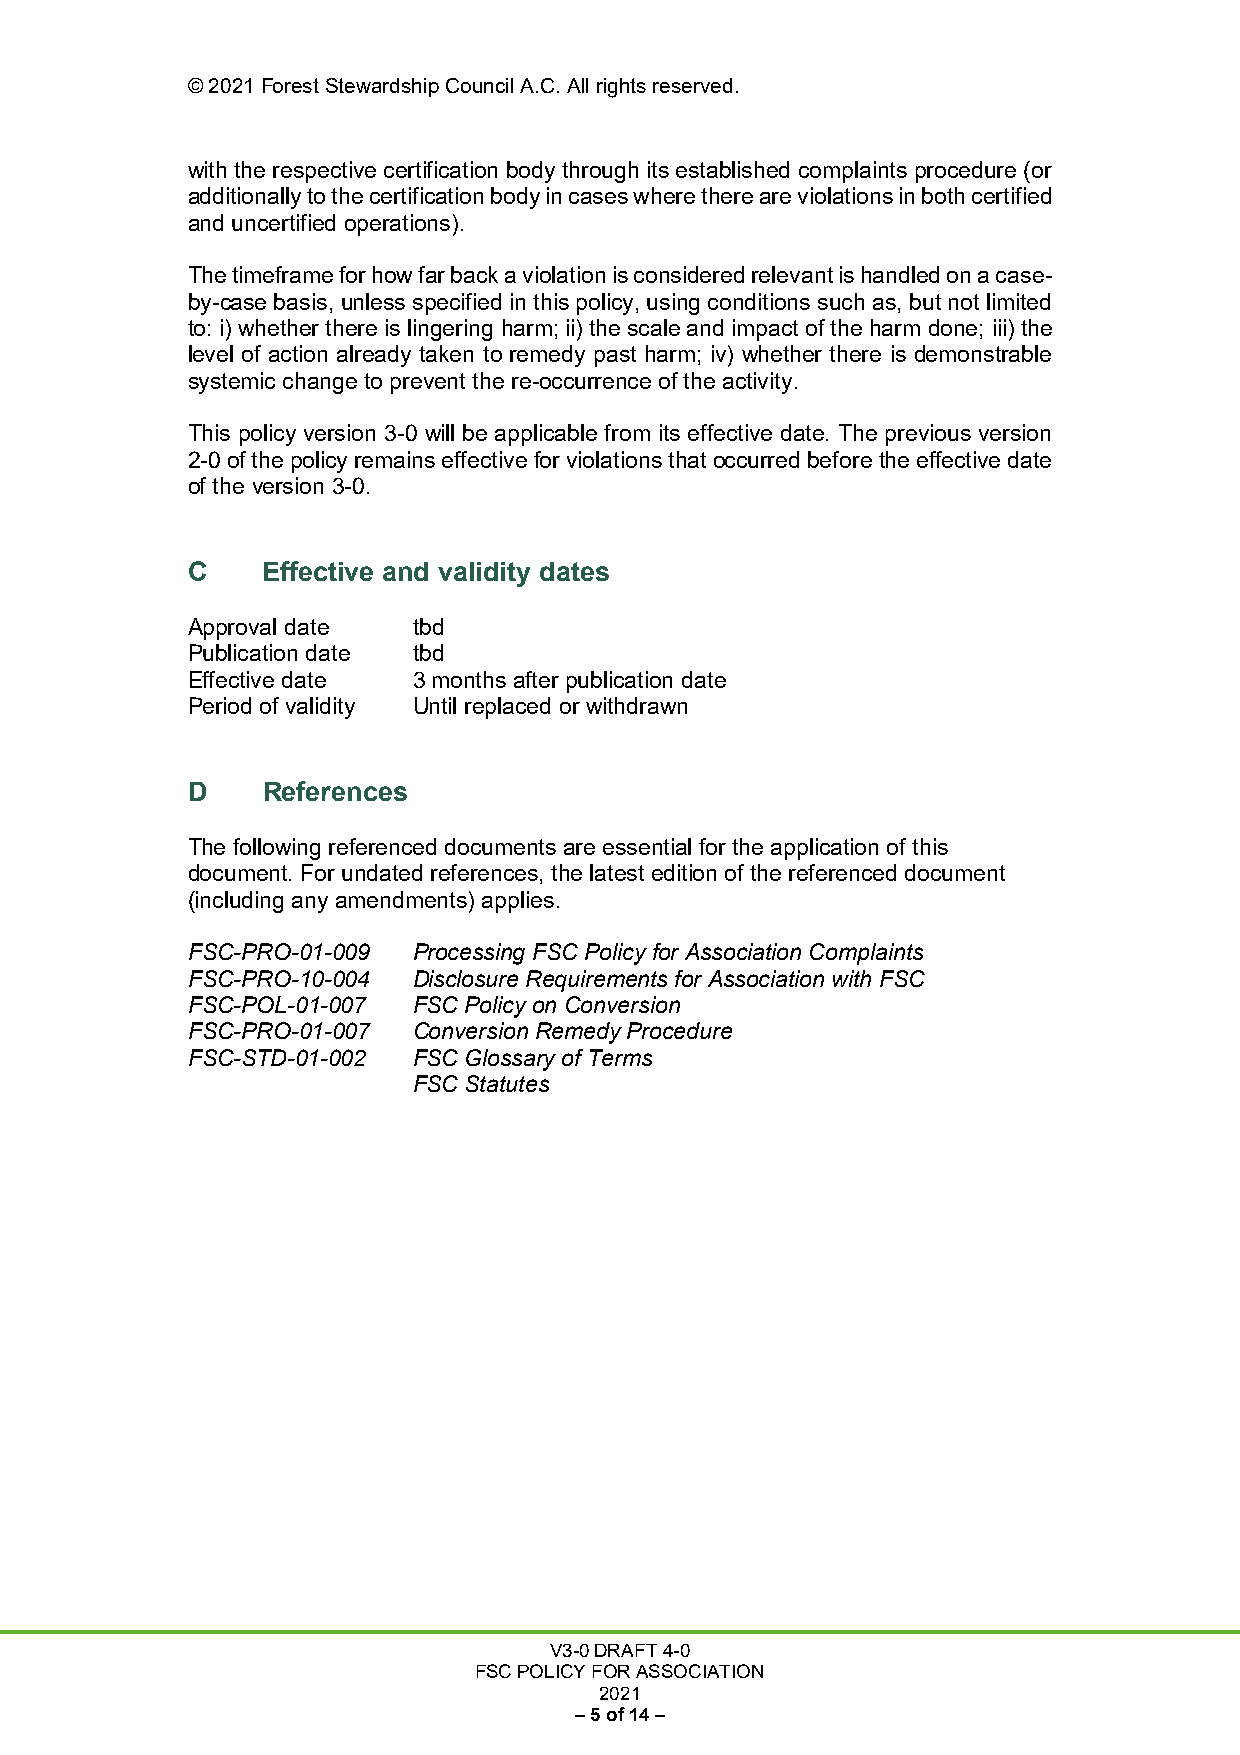
© 2021 Forest Stewardship Council A.C. All rights reserved.
 with the respective certification body through its established complaints procedure (or
 additionally to the certification body in cases where there are violations in both certified
 and uncertified operations).
 The timeframe for how far back a violation is considered relevant is handled on a case-
 by-case basis, unless specified in this policy, using conditions such as, but not limited
 to: i) whether there is lingering harm; ii) the scale and impact of the harm done; iii) the
 level of action already taken to remedy past harm; iv) whether there is demonstrable
 systemic change to prevent the re-occurrence of the activity.
 This policy version 3-0 will be applicable from its effective date. The previous version
 2-0 of the policy remains effective for violations that occurred before the effective date
 of the version 3-0.
 C    Effective and validity dates
 Approval date  tbd
 Publication date tbd
 Effective date 3 months after publication date
 Period of validity Until replaced or withdrawn
 D    References
 The following referenced documents are essential for the application of this
 document. For undated references, the latest edition of the referenced document
 (including any amendments) applies.
 FSC-PRO-01-009 Processing FSC Policy for Association Complaints
 FSC-PRO-10-004 Disclosure Requirements for Association with FSC
 FSC-POL-01-007 FSC Policy on Conversion
 FSC-PRO-01-007 Conversion Remedy Procedure
 FSC-STD-01-002 FSC Glossary of Terms
 FSC Statutes
 V3-0 DRAFT 4-0
 FSC POLICY FOR ASSOCIATION
 2021
 – 5 of 14 –